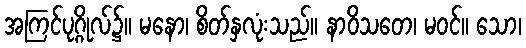
အကြင်ပုဂ္ဂိုလ်၌။ မနော၊ စိတ်နှလုံးသည်။ နာဝိသတေ၊ မဝင်။ သော၊